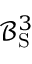
\mathcal { B } _ { \mathrm { S } } ^ { 3 }